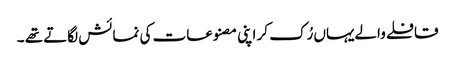
قافلے والےیہاں رُک کر اپنی مصنوعات کی نمائش لگاتے تھے ۔